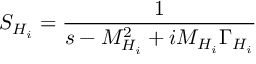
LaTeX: S _ { H _ { i } } = { \frac { 1 } { s - M _ { H _ { i } } ^ { 2 } + i M _ { H _ { i } } \Gamma _ { H _ { i } } } }